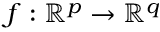
f : \mathbb { R } ^ { p } \to \mathbb { R } ^ { q }